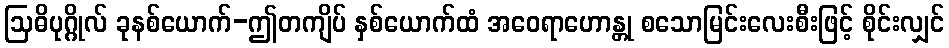
ဩဓိပုဂ္ဂိုလ် ခုနစ်ယောက်-ဤတကျိပ် နှစ်ယောက်ထံ အဝေရာဟောန္တု စသောမြင်းလေးစီးဖြင့် စိုင်းလျှင်